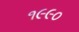
૧૯૯૦